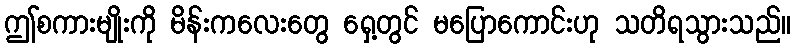
ဤစကားမျိုးကို မိန်းကလေးတွေ ရှေ့တွင် မပြောကောင်းဟု သတိရသွားသည်။